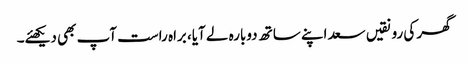
گھر کی رونقیں سعد اپنے ساتھ دوبارہ لے آیا، براہ راست آپ بھی دیکھئے۔